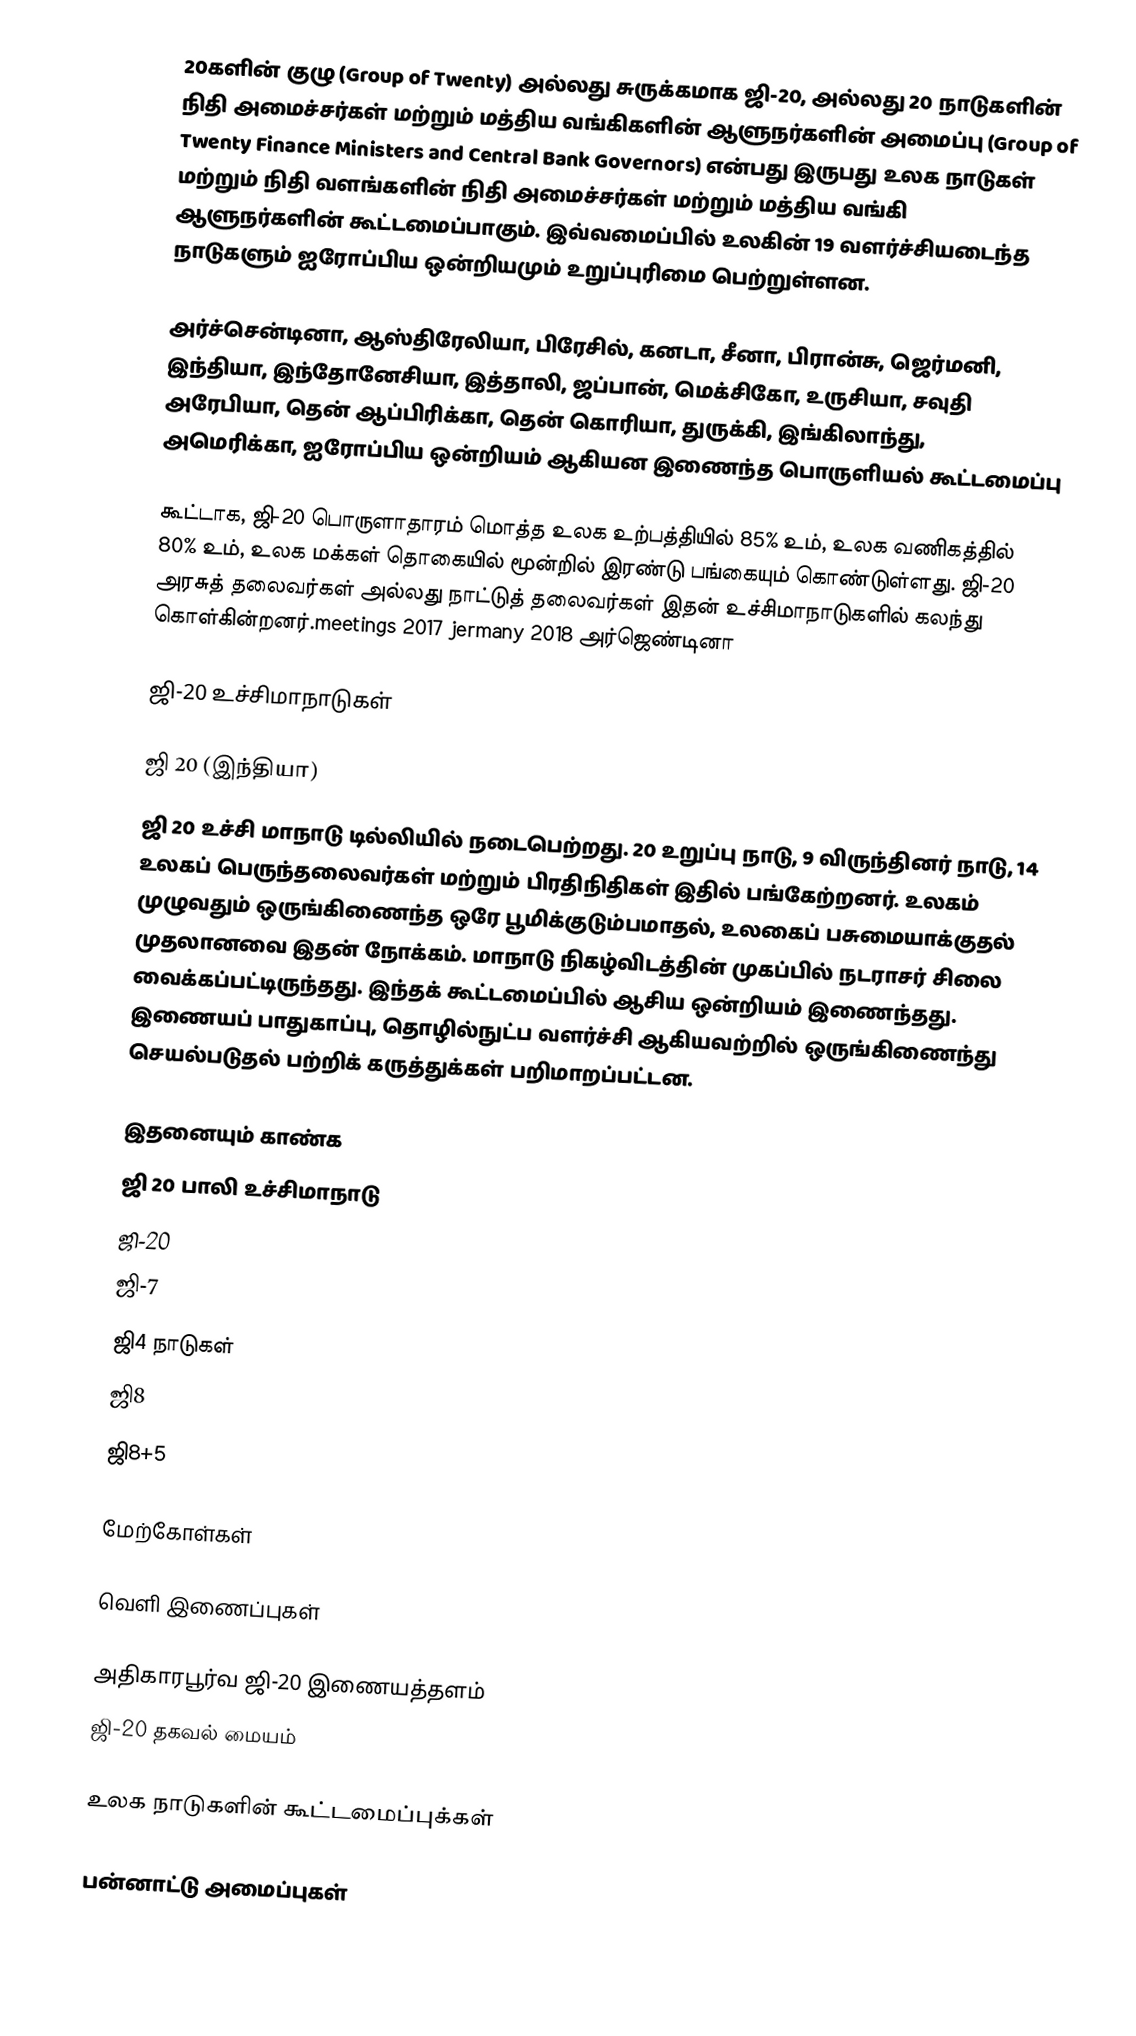
20களின் குழு (Group of Twenty) அல்லது சுருக்கமாக ஜி-20, அல்லது 20 நாடுகளின் நிதி அமைச்சர்கள் மற்றும் மத்திய வங்கிகளின் ஆளுநர்களின் அமைப்பு (Group of Twenty Finance Ministers and Central Bank Governors) என்பது இருபது உலக நாடுகள் மற்றும் நிதி வளங்களின் நிதி அமைச்சர்கள் மற்றும் மத்திய வங்கி ஆளுநர்களின் கூட்டமைப்பாகும். இவ்வமைப்பில் உலகின் 19 வளர்ச்சியடைந்த நாடுகளும் ஐரோப்பிய ஒன்றியமும் உறுப்புரிமை பெற்றுள்ளன.

அர்ச்சென்டினா, ஆஸ்திரேலியா, பிரேசில், கனடா, சீனா, பிரான்சு, ஜெர்மனி, இந்தியா, இந்தோனேசியா, இத்தாலி, ஜப்பான், மெக்சிகோ, உருசியா, சவுதி அரேபியா, தென் ஆப்பிரிக்கா, தென் கொரியா, துருக்கி, இங்கிலாந்து, அமெரிக்கா, ஐரோப்பிய ஒன்றியம் ஆகியன இணைந்த பொருளியல் கூட்டமைப்பு

கூட்டாக, ஜி-20 பொருளாதாரம் மொத்த உலக உற்பத்தியில் 85% உம், உலக வணிகத்தில் 80% உம், உலக மக்கள் தொகையில் மூன்றில் இரண்டு பங்கையும் கொண்டுள்ளது. ஜி-20 அரசுத் தலைவர்கள் அல்லது நாட்டுத் தலைவர்கள் இதன் உச்சிமாநாடுகளில் கலந்து கொள்கின்றனர்.meetings 2017 jermany 2018 அர்ஜெண்டினா

ஜி-20 உச்சிமாநாடுகள்

ஜி 20 (இந்தியா)
ஜி 20 உச்சி மாநாடு டில்லியில் நடைபெற்றது. 20 உறுப்பு நாடு, 9 விருந்தினர் நாடு, 14 உலகப் பெருந்தலைவர்கள் மற்றும் பிரதிநிதிகள் இதில் பங்கேற்றனர். உலகம் முழுவதும் ஒருங்கிணைந்த ஒரே பூமிக்குடும்பமாதல், உலகைப் பசுமையாக்குதல் முதலானவை இதன் நோக்கம். மாநாடு நிகழ்விடத்தின் முகப்பில் நடராசர் சிலை வைக்கப்பட்டிருந்தது. இந்தக் கூட்டமைப்பில் ஆசிய ஒன்றியம் இணைந்தது. இணையப் பாதுகாப்பு, தொழில்நுட்ப வளர்ச்சி ஆகியவற்றில் ஒருங்கிணைந்து செயல்படுதல் பற்றிக் கருத்துக்கள் பறிமாறப்பட்டன.

இதனையும் காண்க
 ஜி 20 பாலி உச்சிமாநாடு
 ஜி-20
 ஜி-7
 ஜி4 நாடுகள்
 ஜி8
 ஜி8+5

மேற்கோள்கள்

வெளி இணைப்புகள்

 அதிகாரபூர்வ ஜி-20 இணையத்தளம்
 ஜி-20 தகவல் மையம்

உலக நாடுகளின் கூட்டமைப்புக்கள்

பன்னாட்டு அமைப்புகள்